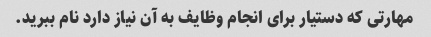
مهارتی که دستیار برای انجام وظایف به آن نیاز دارد نام ببرید.